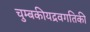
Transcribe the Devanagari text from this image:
चुम्बकीयद्रवगतिकी